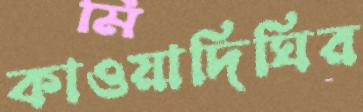
কাওয়াদিঘির